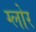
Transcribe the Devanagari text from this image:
ग्लोर